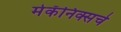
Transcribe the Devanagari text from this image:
मेकॅनिक्सचे